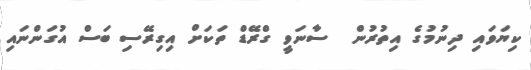
ކިޔަވައި ދިނުމުގެ އިތުރުން  ސާނަވީ ގްރޭޑް ތަކަށް އިގިރޭސި ބަސް އުގަންނައި